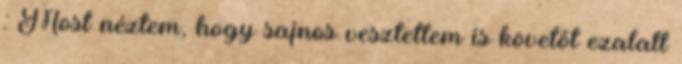
: Most néztem, hogy sajnos vesztettem is követőt ezalatt